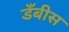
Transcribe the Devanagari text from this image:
डँबीस